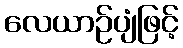
လေယာဉ်ပျံဖြင့်